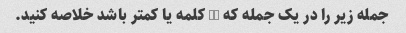
جمله زیر را در یک جمله که 15 کلمه یا کمتر باشد خلاصه کنید.